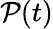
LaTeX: \mathcal{P}(t)